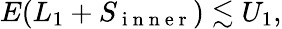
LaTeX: E(L_{1}+S_{\mathrm{~i~n~n~e~r~}})\lesssim U_{1},